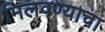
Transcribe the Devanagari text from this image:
मिलवण्याचा